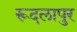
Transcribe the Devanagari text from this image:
रूदलापुर